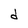
Character: d